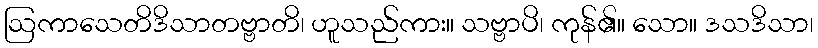
ဩကာသေတိဒိသာတဗ္ဗာတိ၊ ဟူသည်ကား။ သဗ္ဗာပိ၊ ကုန်၏။ သော။ ဒသဒိသာ၊